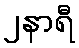
၂နာရီ